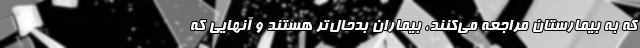
که به بیمارستان مراجعه می‌کنند، بیماران بدحال‌تر هستند و آنهایی که